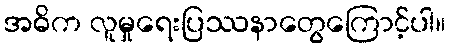
အဓိက လူမှုရေးပြဿနာတွေကြောင့်ပါ။